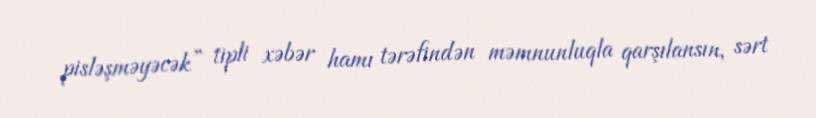
pisləşməyəcək” tipli xəbər hamı tərəfindən məmnunluqla qarşılansın, sərt